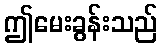
ဤမေးခွန်းသည်